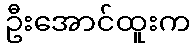
ဦးအောင်ထူးက